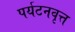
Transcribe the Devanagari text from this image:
पर्यटनवृत्त